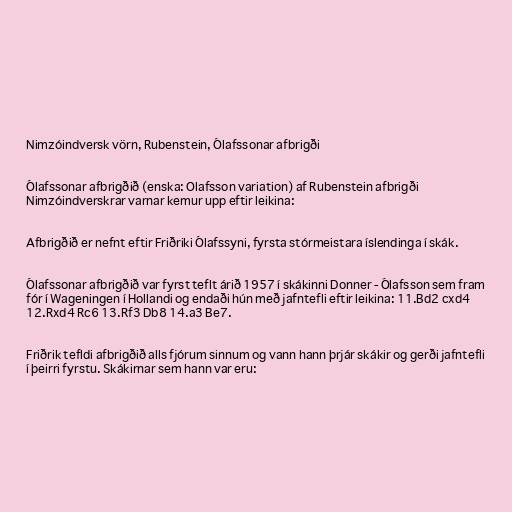
Nimzóindversk vörn, Rubenstein, Ólafssonar afbrigði

Ólafssonar afbrigðið (enska: Olafsson variation) af Rubenstein afbrigði
Nimzóindverskrar varnar kemur upp eftir leikina:

Afbrigðið er nefnt eftir Friðriki Ólafssyni, fyrsta stórmeistara íslendinga í skák.

Ólafssonar afbrigðið var fyrst teflt árið 1957 í skákinni Donner - Ólafsson sem fram
fór í Wageningen í Hollandi og endaði hún með jafntefli eftir leikina: 11.Bd2 cxd4
12.Rxd4 Rc6 13.Rf3 Db8 14.a3 Be7.

Friðrik tefldi afbrigðið alls fjórum sinnum og vann hann þrjár skákir og gerði jafntefli
í þeirri fyrstu. Skákirnar sem hann var eru: